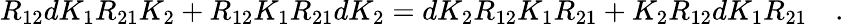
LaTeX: R_{12}dK_{1}R_{21}K_{2}+R_{12}K_{1}R_{21}dK_{2}=dK_{2}R_{12}K_{1}R_{21}+K_{2}R_{12}dK_{1}R_{21}\quad.